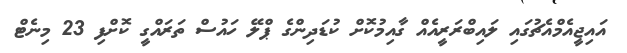
އައިޖީއެމްއެޗުގައި ލައިބްރަރީއެއް ގާއިމުކޮށް ކުޑަދިންގެ ޕްލޭ ހައުސް ތަރައްގީ ކޮށްފި 23 މިނެޓް